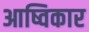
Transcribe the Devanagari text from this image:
आष्विकार